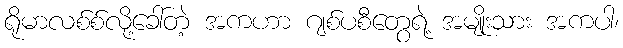
ရိုမာလစ်စ်လို့ခေါ်တဲ့ အကဟာ ဂျစ်ပစီတွေရဲ့ အမျိုးသား အကပါ၊